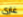
غارى